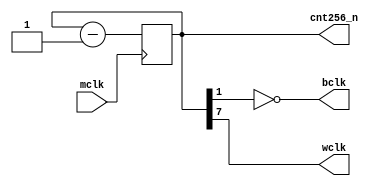
module audio_clkgen(
    input mclk,
    output bclk,
    output wclk,
    output [7:0] cnt256_n
);

    reg [7:0] r_cnt256_n = 8'd0;

    assign cnt256_n = r_cnt256_n;
    assign bclk     = ~r_cnt256_n[1];
    assign wclk     = r_cnt256_n[7];

    always @(posedge mclk)begin
        r_cnt256_n <= r_cnt256_n - 8'd1;
    end

endmodule